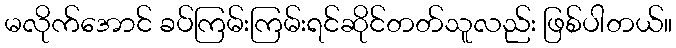
မလိုက်အောင် ခပ်ကြမ်းကြမ်းရင်ဆိုင်တတ်သူလည်း ဖြစ်ပါတယ်။